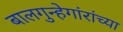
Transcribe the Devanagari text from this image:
बालगुन्हेगांरांच्या